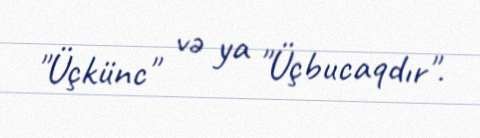
"Üçkünc" və ya "Üçbucaqdır".